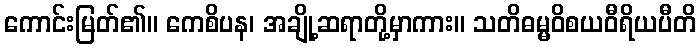
ကောင်းမြတ်၏။ ကေစိပန၊ အချို့ဆရာတို့မှာကား။ သတိဓမ္မဝိစယဝီရိယပီတိ